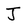
Character: J